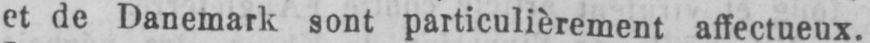
et de Danemark sont particulièrement affectueux.